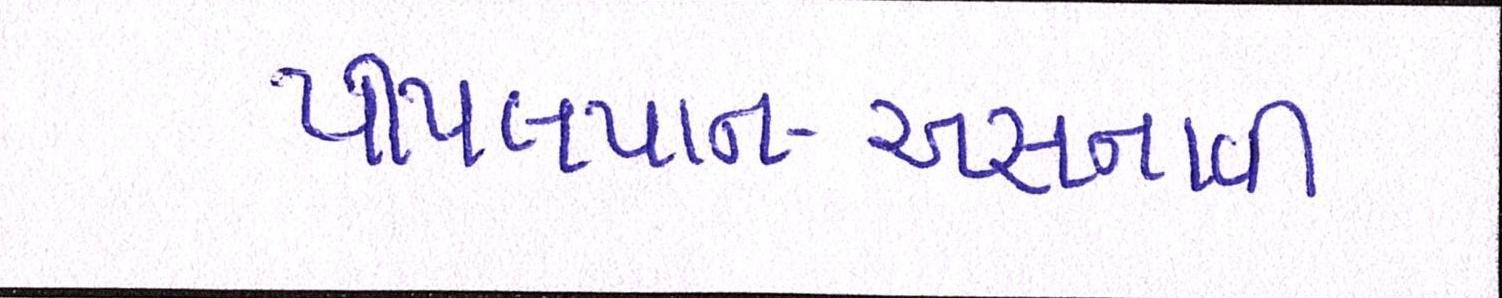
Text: પીપલપાન-અસનાવી